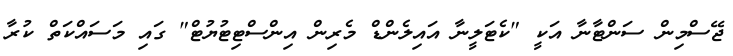
ޖޭސްމިން ސަންޓާނާ އަކީ "ކެޓަލީނާ އައިލެންޑް މެރިން އިންސްޓިޓުޔުޓް" ގައި މަސައްކަތް ކުރާ